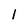
Character: 1